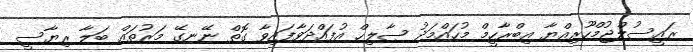
ރައީސުލްޖުމްހޫރިއްޔާ އިބްރާހީމް މުހައްމަދު ޞާލިހް އުފައްދަވާފައިވާ ގޮތް ނޭނގޭ މަރުތައް ބަލާ ރިޔާސީ